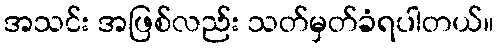
အသင်း အဖြစ်လည်း သတ်မှတ်ခံရပါတယ်။